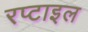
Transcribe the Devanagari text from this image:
रप्टाइल